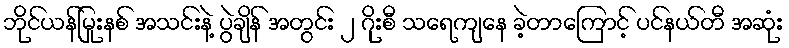
ဘိုင်ယန်မြုးနစ် အသင်းနဲ့ ပွဲချိန် အတွင်း ၂ ဂိုးစီ သရေကျနေ ခဲ့တာကြောင့် ပင်နယ်တီ အဆုံး